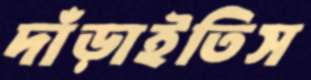
দাঁড়াইতিস